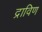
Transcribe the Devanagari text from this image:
द्राविण